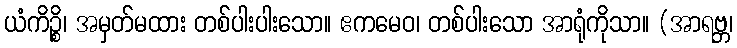
ယံကိဉ္စိ၊ အမှတ်မထား တစ်ပါးပါးသော။ ဧကမေဝ၊ တစ်ပါးသော အာရုံကိုသာ။ (အာရဗ္ဘ၊